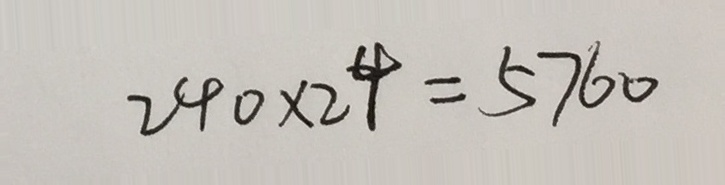
2 4 0 \times 2 4 = 5 7 6 0